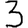
Digit: 3